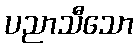
ပညာသီသော